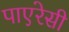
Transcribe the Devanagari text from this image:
पाएरेसी